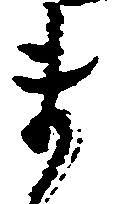
ま